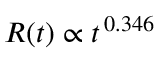
R ( t ) \propto t ^ { \, 0 . 3 4 6 }